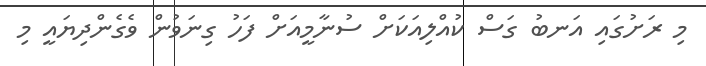
މި ރަށުގައި އަނބު ގަސް ކުއްލިއަކަށް ސުނާމީއަށް ފަހު ގިނަވުން ވެގެންދިޔައީ މި